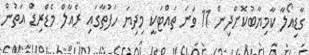
ގާޑިއޯލާ ކާމިޔާބުކޮށްދިން 11 ވަނަ ތައްޓަކީ މިދިޔަ ހަފުތާގައި ރެއާލް މެޑްރިޑް އަތުން